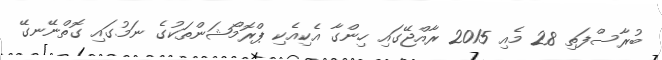
ބުރާސްފަތި 28 މެއި 2015 ރާއްޖޭގައި ހިންގާ އެކިއެކި ޕްރޮމޯޝަންތަކުގެ ނަމުގައި ގޮތްނޭނގޭ